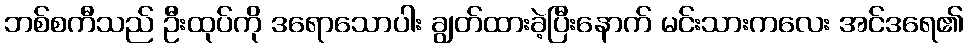
ဘစ်စကီသည် ဦးထုပ်ကို ဒရောသောပါး ချွတ်ထားခဲ့ပြီးနောက် မင်းသားကလေး အင်ဒရေ၏